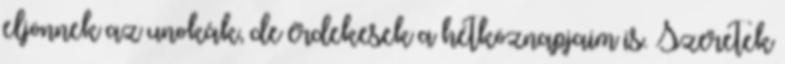
eljönnek az unokák, de érdekesek a hétköznapjaim is. Szeretek